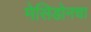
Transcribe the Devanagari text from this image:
मेसिडोनचा